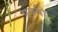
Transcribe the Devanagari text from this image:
एक्वी